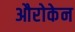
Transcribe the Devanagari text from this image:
औरोकेन